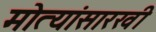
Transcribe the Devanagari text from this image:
मोत्यांसारखी